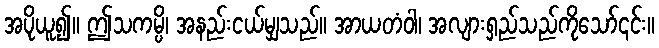
အပိုယူ၍။ ဤသကမ္ပိ၊ အနည်းငယ်မျှသည်။ အာယတံဝါ၊ အလျားရှည်သည်ကိုသော်၎င်း။